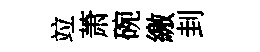
竝萧碗繳刲